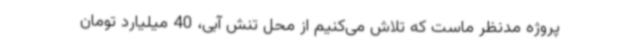
پروژه مدنظر ماست که تلاش می‌کنیم از محل تنش آبی، 40 میلیارد تومان